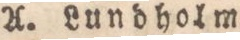
A. Lundholm.